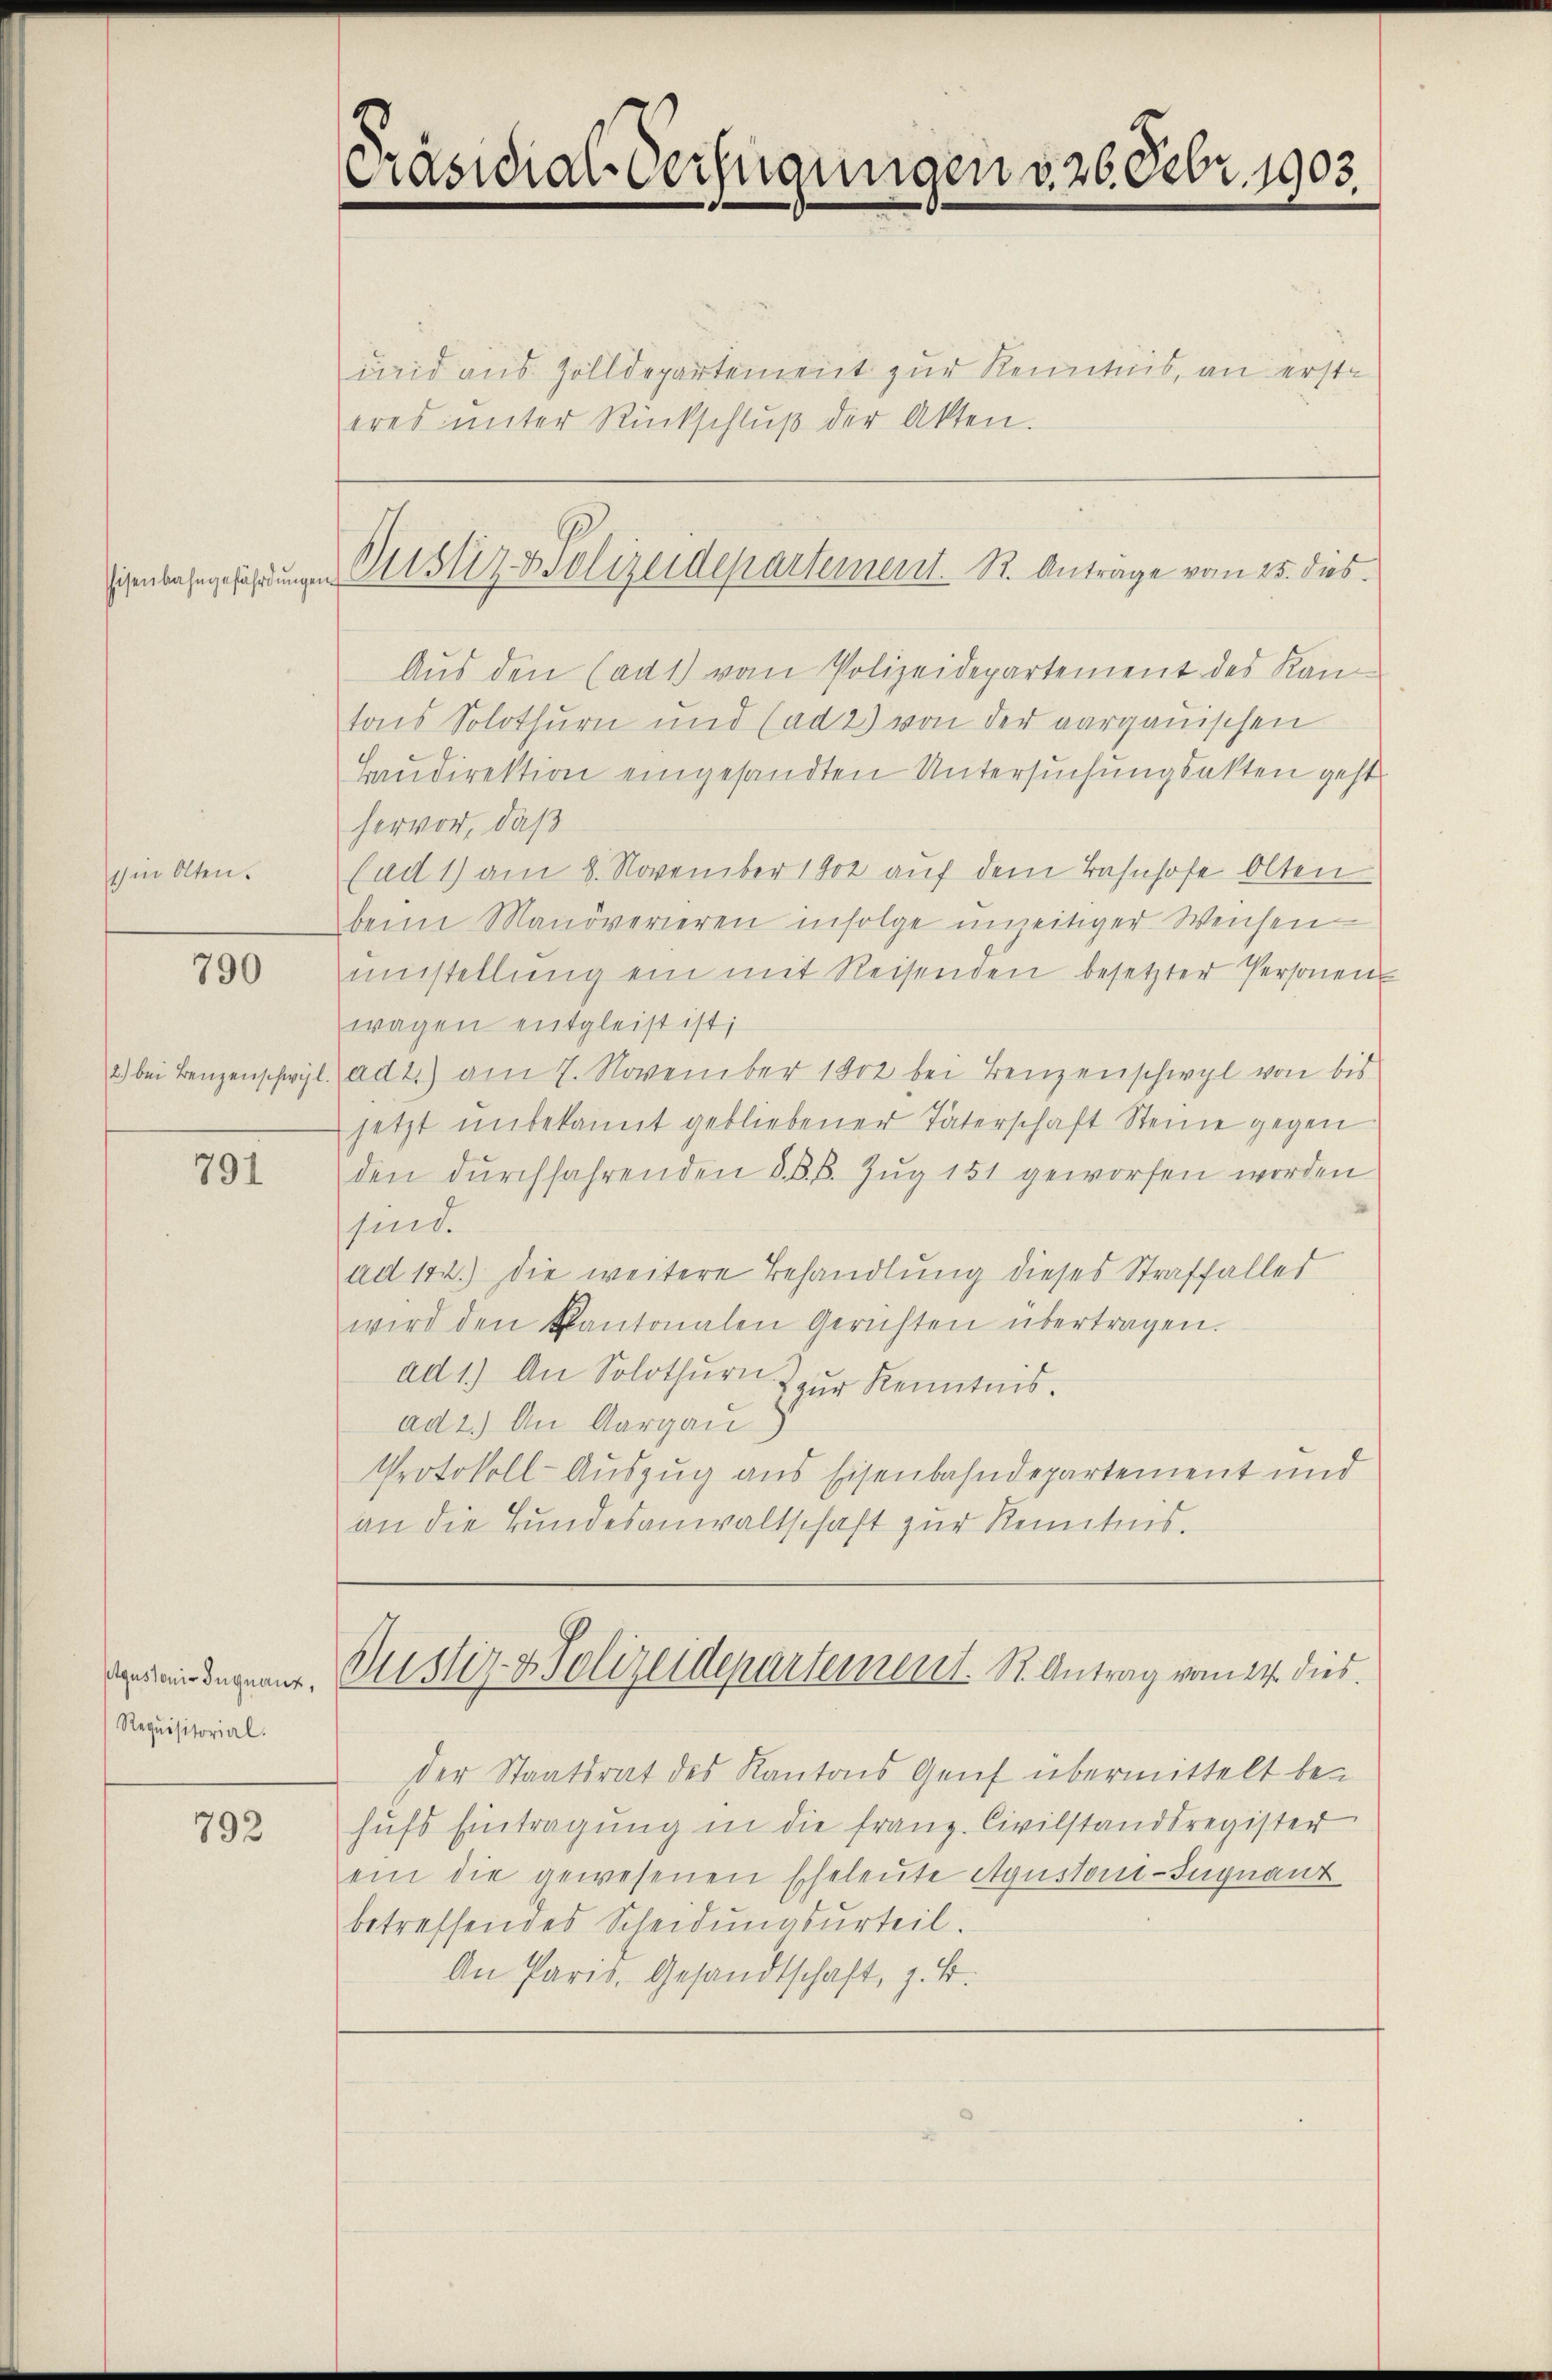
Iin Olten.

790

2.) bei Benzenschwil.

791

stzustonio Signauz,
Requisitorial.

792

Präsidial-Verfügungen v. 26. Febr. 1903.

uid aus Zolldepartement zur Kenntnis, an erste
eres ŭnter Rückschlŭβ der Akten.
Aus den (ad 1) vom Polizeidepartement des Kantons Solothurn und (ad 2) von der aargauischen
Baudirektion eingesandten Untersuchungsakten gest
hervor, daß
Cad 1) am 8. November 1902 auf dem Bahnhofe Olten
beim Manöverieren infolge uneitiger Weisen
unstellung ein mit Reisenden besetzter Personen
wagen entgleist ist;
ad1.) am 7. November 1902 bei Benzenschwyl von bis
jetzt unbekannt gebliebener Täterschaft Steine gegen
den durchfahrenden §. 8. B. Zug 151 geworfen worden
sind.
ad 142.) Die weitere Behandlung dieses Straffalles
wird den Kantonalen Gerichten übertragen.
ad 1.) An Solothurn zŭr Kenntnis.
ad 2.) An Aargau
Protokoll-Auszug aus Eisenbahndepartement und
an die Bŭndesanwaltschaft zŭr Kenntnis.

senbahngeführungen Mustiz & Polizeidepartement. S. Anträge vom 25. dies

der Staatsrat des Kantons Genf übermittelt behufs Eintragung in die franz. Civilstandsregister
ein die gewesenen Eheleute Agustoni-Inguant
betreffendes Scheidŭngsŭrteil.
An Paris, Gesandtschaft, z. B.

Justiz- & Polizeidepartement. St. Antrag vom 24. dies